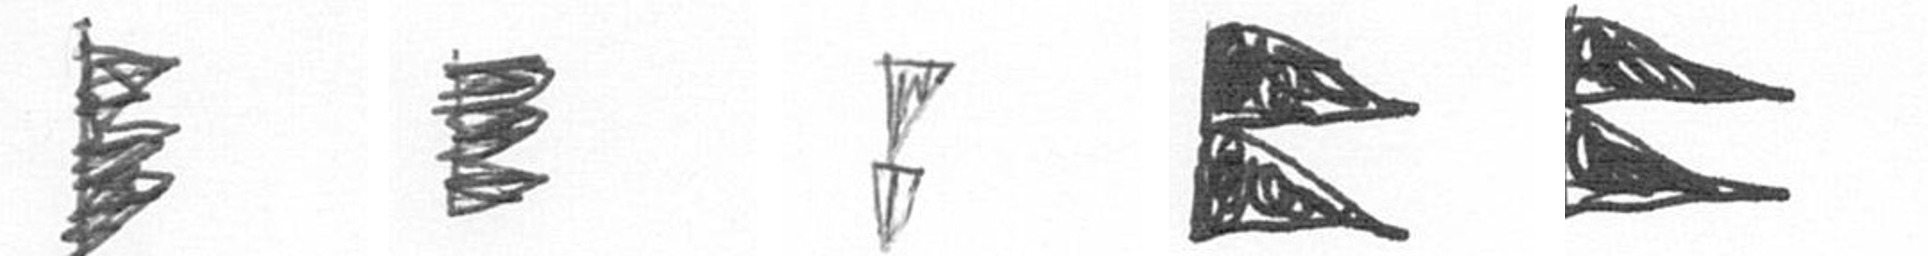
H H Z P P